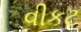
વીકટ